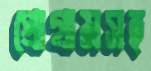
প্রোগ্রামসহ